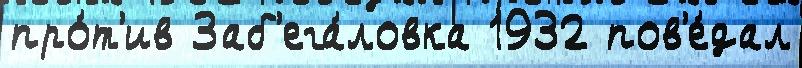
про́т'ив Заб'ега́ловка 1932 пов'е́дал